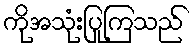
ကိုအသုံးပြုကြသည်